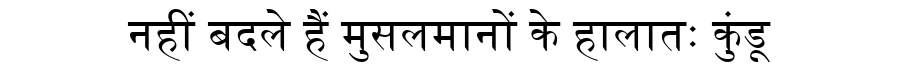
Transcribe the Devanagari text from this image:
नहीं बदले हैं मुसलमानों के हालातः कुंडू